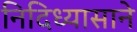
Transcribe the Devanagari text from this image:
निदिध्यासाने